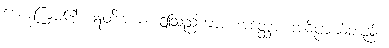
ဟောကြား၏။ ဣတိအယံ၊ ဤသည်ကား။ အတ္ထော၊ အဓိပ္ပာယ်တည်း။